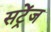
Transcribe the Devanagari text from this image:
सट्रेंज